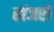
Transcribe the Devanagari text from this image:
खंजरों